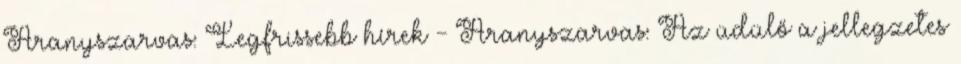
Aranyszarvas: Legfrissebb hírek - Aranyszarvas: Az üdülő a jellegzetes